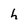
Character: h